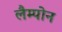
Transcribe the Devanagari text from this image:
लैम्पोन